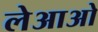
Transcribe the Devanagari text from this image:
लेआओ